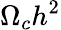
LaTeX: \Omega_{c}h^{2}